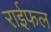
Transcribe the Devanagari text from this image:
राईफल